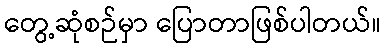
တွေ့ဆုံစဉ်မှာ ပြောတာဖြစ်ပါတယ်။